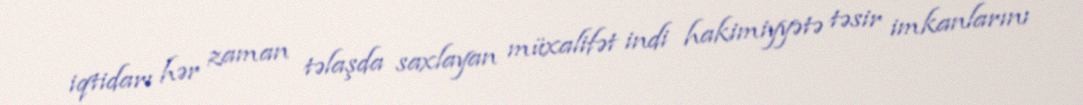
iqtidarı hər zaman təlaşda saxlayan müxalifət indi hakimiyyətə təsir imkanlarını